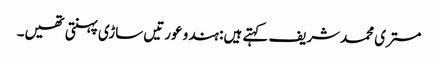
مستری محمدشریف کہتے ہیں: ہندو عورتیں ساڑی پہنتی تھیں۔